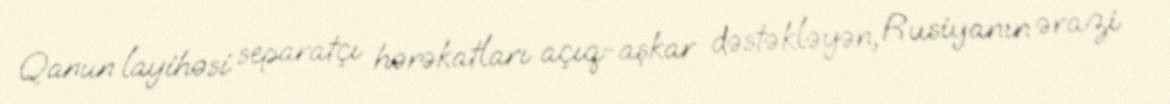
Qanun layihəsi separatçı hərəkatları açıq-aşkar dəstəkləyən, Rusiyanın ərazi